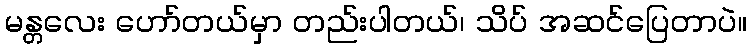
မန္တလေး ဟော်တယ်မှာ တည်းပါတယ်၊ သိပ် အဆင်ပြေတာပဲ။